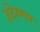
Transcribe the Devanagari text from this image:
रूदे्रश्वर